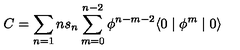
C = \sum _ { n = 1 } n s _ { n } \sum _ { m = 0 } ^ { n - 2 } \phi ^ { n - m - 2 } \langle 0 \mid \phi ^ { m } \mid 0 \rangle